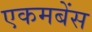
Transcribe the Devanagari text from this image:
एकमबेंस